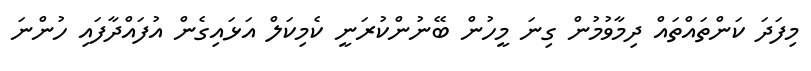
މިފަދަ ކަންތައްތައް ދިމާވުމުން ގިނަ މީހުން ބޭނުންކުރަނީ ކެމިކަލް އަޅައިގެން އުފައްދާފައި ހުންނަ